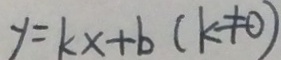
y = k x + b ( k \neq 0 )